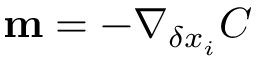
\mathbf { m } = - \nabla _ { \delta x _ { i } } C